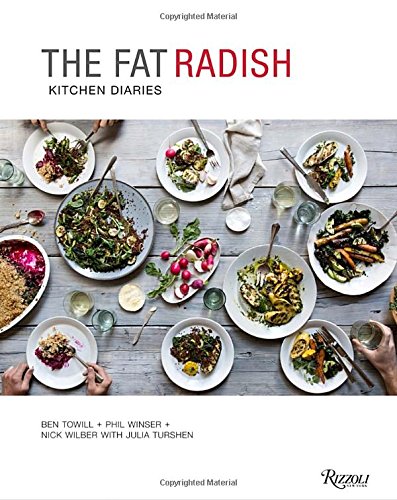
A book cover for The Fat Radish Kitchen Diaries; Ben Towill; Cookbooks, Food & Wine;